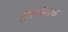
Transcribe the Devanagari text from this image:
हिसपैनिक